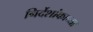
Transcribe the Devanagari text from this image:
निर्देशांकाच्या